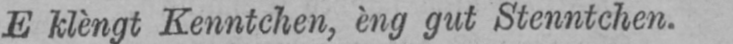
E klèngt Kenntchen, èng gut Stenntchen.